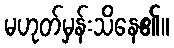
မဟုတ်မှန်းသိနေ၏။